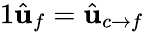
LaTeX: \begin{array}{r}{{1}\hat{\mathbf{u}}_{f}=\hat{\mathbf{u}}_{c\rightarrow f}}\end{array}